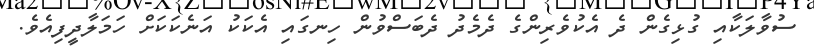
ސުވާލަކާއި ގުޅިގެން ދެ އެކުވެރިންގެ ދެމެދު ދެބަސްވުން ހިނގައި އެކަކު އަނެކަކަށް ހަމަލާދީފިއެވެ.